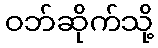
ဝဘ်ဆိုက်သို့